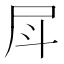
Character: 𡰷